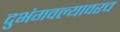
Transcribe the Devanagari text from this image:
दुभंगवल्यावरच